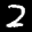
Label: 2